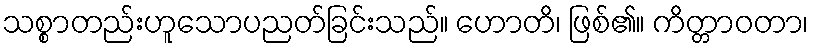
သစ္စာတည်းဟူသောပညတ်ခြင်းသည်။ ဟောတိ၊ ဖြစ်၏။ ကိတ္တာဝတာ၊